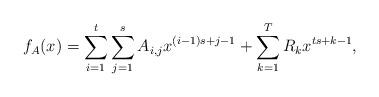
LaTeX: \begin{align*} f_A(x) = \sum_{i=1}^t\sum_{j=1}^s A_{i,j}x^{(i-1)s+j-1} + \sum_{k=1}^{T} R_kx^{ts+k-1}, \end{align*}